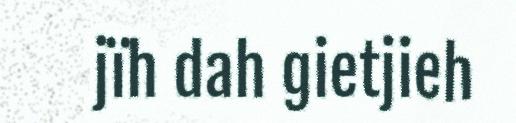
jïh dah gietjieh